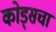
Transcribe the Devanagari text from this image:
कोड्सचा